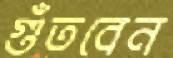
গুঁতবেন